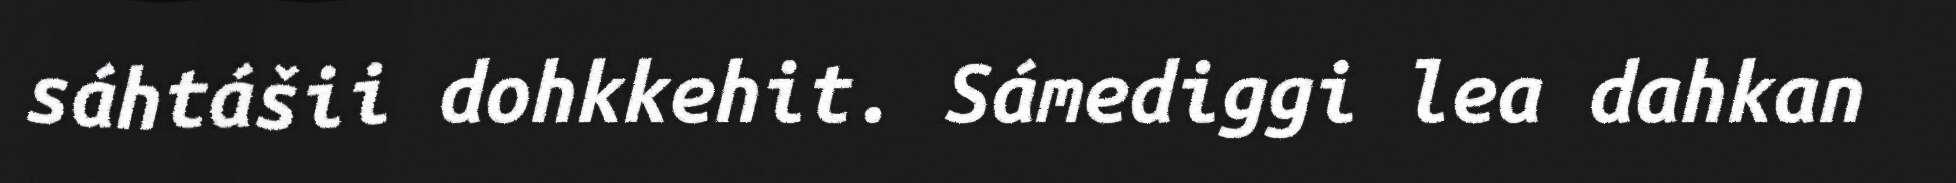
sáhtášii dohkkehit. Sámediggi lea dahkan